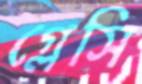
গ্লেসি